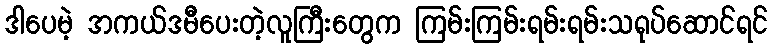
ဒါပေမဲ့ အကယ်ဒမီပေးတဲ့လူကြီးတွေက ကြမ်းကြမ်းရမ်းရမ်းသရုပ်ဆောင်ရင်